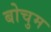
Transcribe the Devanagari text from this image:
बोचुम